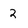
Character: 2